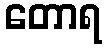
တောရ